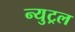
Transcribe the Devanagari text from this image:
न्युट्रल